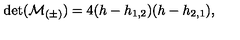
\det ( { \cal M } _ { ( \pm ) } ) = 4 ( h - h _ { 1 , 2 } ) ( h - h _ { 2 , 1 } ) { } ,